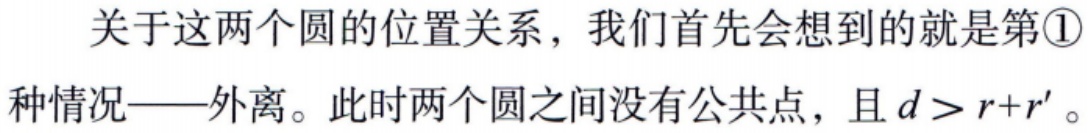
关于这两个圆的位置关系，我们首先会想到的就是第\textcircled{1}种情况——外离。此时两个圆之间没有公共点，且 \(d > r + r'\)。